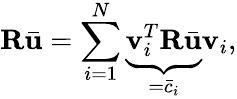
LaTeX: \mathbf{R}\bar{\mathbf{u}}=\sum_{i=1}^{N}\underbrace{\mathbf{v}_{i}^{T}\mathbf{R}\bar{\mathbf{u}}}_{=\bar{c}_{i}}\mathbf{v}_{i},